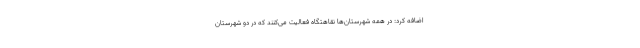
اضافه کرد: در همه شهرستان‌ها نقاهتگاه فعالیت می‌کنند که در دو شهرستان